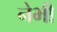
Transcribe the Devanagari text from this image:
नेभी